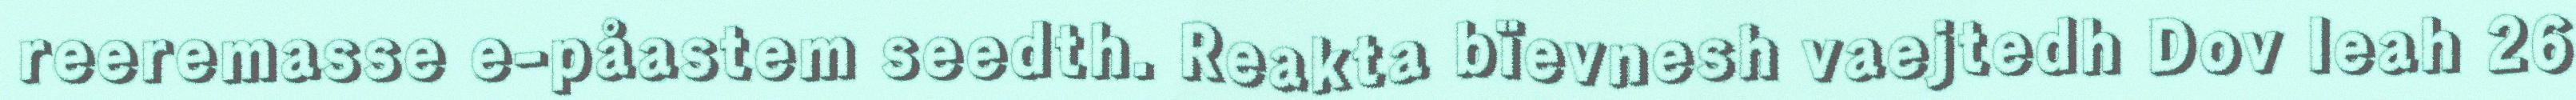
reeremasse e-påastem seedth. Reakta bïevnesh vaejtedh Dov leah 26